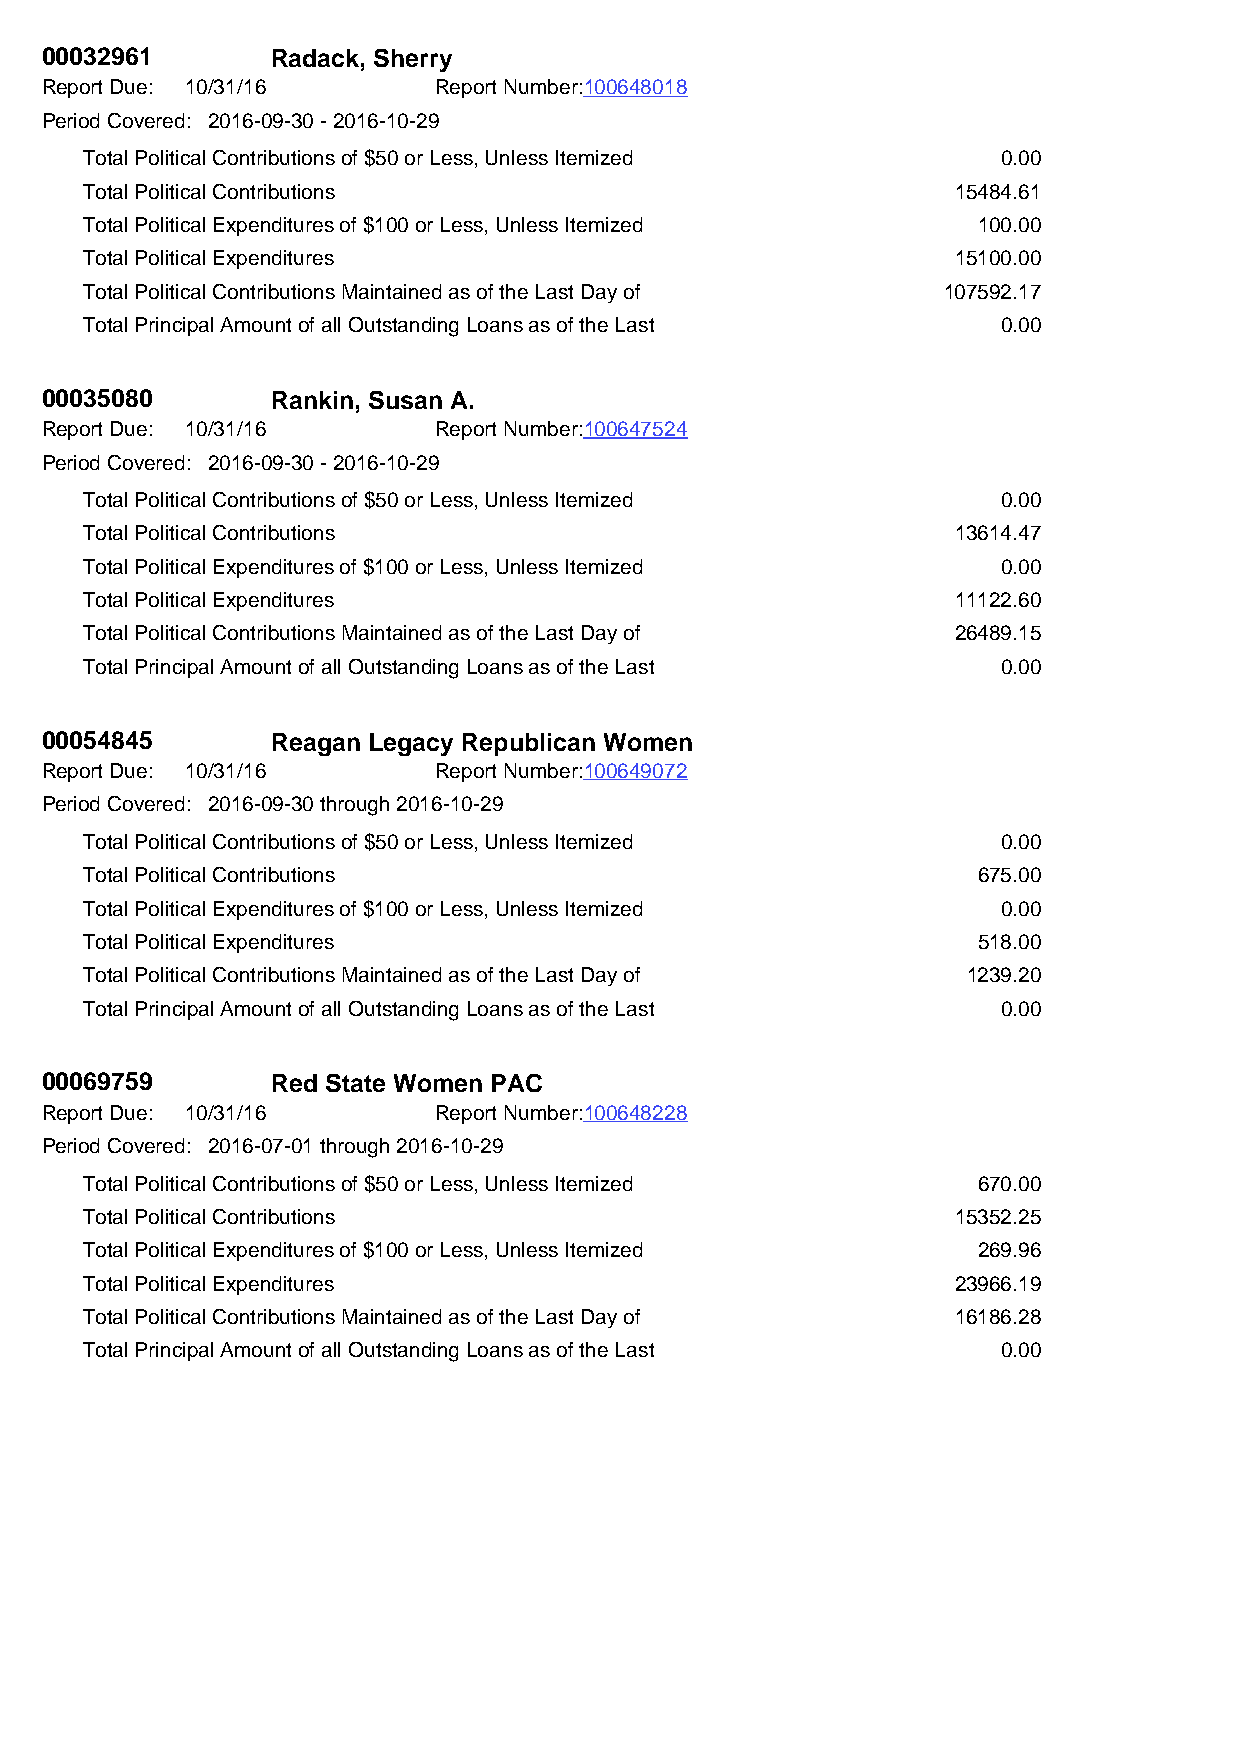
00032961       Radack, Sherry
 Report Due: 10/31/16      Report Number:100648018
 Period Covered: 2016-09-30 - 2016-10-29
 Total Political Contributions of $50 or Less, Unless Itemized 0.00
 Total Political Contributions                            15484.61
 Total Political Expenditures of $100 or Less, Unless Itemized 100.00
 Total Political Expenditures                             15100.00
 Total Political Contributions Maintained as of the Last Day of 107592.17
 Total Principal Amount of all Outstanding Loans as of the Last 0.00
 00035080       Rankin, Susan A.
 Report Due: 10/31/16      Report Number:100647524
 Period Covered: 2016-09-30 - 2016-10-29
 Total Political Contributions of $50 or Less, Unless Itemized 0.00
 Total Political Contributions                            13614.47
 Total Political Expenditures of $100 or Less, Unless Itemized 0.00
 Total Political Expenditures                             11122.60
 Total Political Contributions Maintained as of the Last Day of 26489.15
 Total Principal Amount of all Outstanding Loans as of the Last 0.00
 00054845       Reagan Legacy Republican Women
 Report Due: 10/31/16      Report Number:100649072
 Period Covered: 2016-09-30 through 2016-10-29
 Total Political Contributions of $50 or Less, Unless Itemized 0.00
 Total Political Contributions                              675.00
 Total Political Expenditures of $100 or Less, Unless Itemized 0.00
 Total Political Expenditures                               518.00
 Total Political Contributions Maintained as of the Last Day of 1239.20
 Total Principal Amount of all Outstanding Loans as of the Last 0.00
 00069759       Red State Women PAC
 Report Due: 10/31/16      Report Number:100648228
 Period Covered: 2016-07-01 through 2016-10-29
 Total Political Contributions of $50 or Less, Unless Itemized 670.00
 Total Political Contributions                            15352.25
 Total Political Expenditures of $100 or Less, Unless Itemized 269.96
 Total Political Expenditures                             23966.19
 Total Political Contributions Maintained as of the Last Day of 16186.28
 Total Principal Amount of all Outstanding Loans as of the Last 0.00